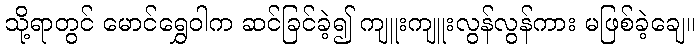
သို့ရာတွင် မောင်ရွှေဝါက ဆင်ခြင်ခဲ့၍ ကျူးကျူးလွန်လွန်ကား မဖြစ်ခဲ့ချေ။